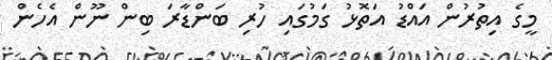
މީގެ އިތުރުން އައްޑު އަތޮޅު ގަމުގައި ހުރި ބަންޑާރަ ބިން ނޫން އެހެން